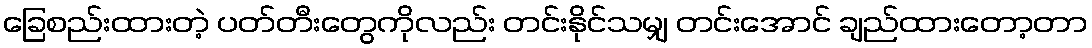
ခြေစည်းထားတဲ့ ပတ်တီးတွေကိုလည်း တင်းနိုင်သမျှ တင်းအောင် ချည်ထားတော့တာ